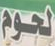
لحوم